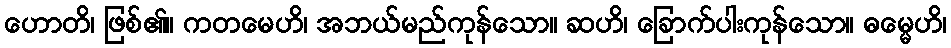
ဟောတိ၊ ဖြစ်၏။ ကတမေဟိ၊ အဘယ်မည်ကုန်သော။ ဆဟိ၊ ခြောက်ပါးကုန်သော။ ဓမ္မေဟိ၊